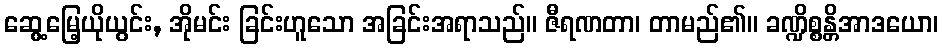
ဆွေ့မြေ့ယိုယွင်း, အိုမင်း ခြင်းဟူသော အခြင်းအရာသည်။ ဇီရဏတာ၊ တာမည်၏။ ခဏ္ဍိစ္စန္တိအာဒယော၊